Source: Handwritten
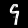
Digit: ၄ (4)